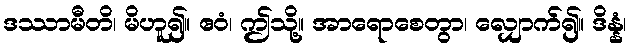
ဒဿာမီတိ၊ မိဟူ၍။ ဧဝံ၊ ဤသို့။ အာရောစေတွာ၊ လျှောက်၍။ ဒိန္နံ၊